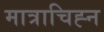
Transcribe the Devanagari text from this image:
मात्राचिह्न